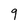
Character: 9